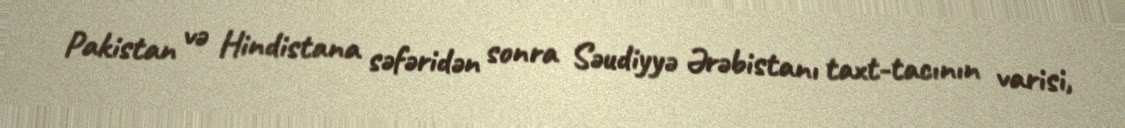
Pakistan və Hindistana səfəridən sonra Səudiyyə Ərəbistanı taxt-tacının varisi,